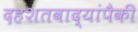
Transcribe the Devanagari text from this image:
दहशतवाद्यांपैकी